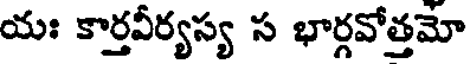
యః కార్తవీర్యస్య స భార్గవోత్తమో